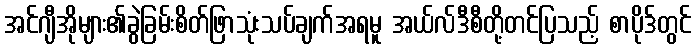
အင်ဂျီအိုများ၏ခွဲခြမ်းစိတ်ဖြာသုံးသပ်ချက်အရမူ အယ်လ်ဒီစီတို့တင်ပြသည့် စာပိုဒ်တွင်